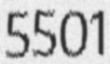
5501